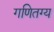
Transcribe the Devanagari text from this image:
गणितग्य